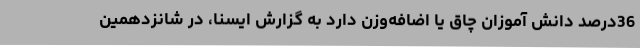
36درصد دانش آموزان چاق یا اضافه‌وزن دارد به گزارش ایسنا، در شانزدهمین